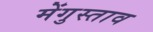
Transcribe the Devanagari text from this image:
मेंगुस्ताव